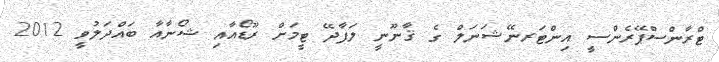
ޓްރާންސްޕޭރެންސީ އިންޓަރނޭޝަނަލް ގެ ޤާނޫނީ ލަފާދޭ ޓީމަށް ރޫޑޯއާއި ޝޯނާއާ ބައްދަލުވީ 2012